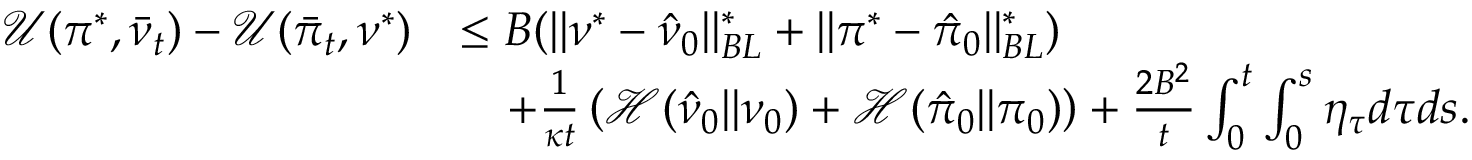
\begin{array} { r l } { \mathcal { U } ( \pi ^ { * } , \bar { \nu } _ { t } ) - \mathcal { U } ( \bar { \pi } _ { t } , \nu ^ { * } ) } & { \leq B ( \| \nu ^ { * } - \hat { \nu } _ { 0 } \| _ { B L } ^ { * } + \| \pi ^ { * } - \hat { \pi } _ { 0 } \| _ { B L } ^ { * } ) } \\ & { \quad + \frac { 1 } { \kappa t } \left( \mathcal H ( \hat { \nu } _ { 0 } | | \nu _ { 0 } ) + \mathcal H ( \hat { \pi } _ { 0 } | | \pi _ { 0 } ) \right) + \frac { 2 B ^ { 2 } } { t } \int _ { 0 } ^ { t } \int _ { 0 } ^ { s } \eta _ { \tau } d \tau d s . } \end{array}